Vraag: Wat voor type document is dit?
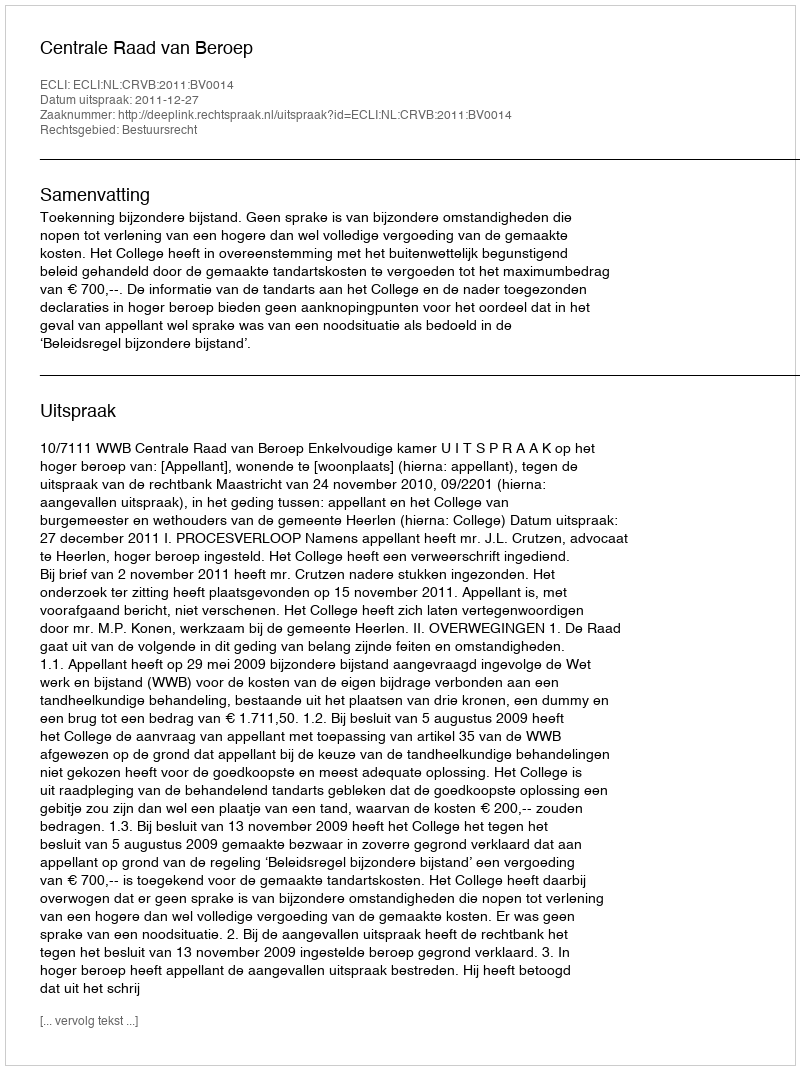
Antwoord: Uitspraak